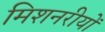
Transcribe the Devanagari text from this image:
मिशनरीयों